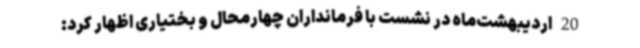
20 اردیبهشت‌ماه در نشست با فرمانداران چهارمحال و بختیاری اظهار کرد: